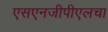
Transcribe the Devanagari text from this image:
एसएनजीपीएलचा